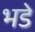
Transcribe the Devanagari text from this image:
भडे